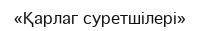
«Қарлаг суретшілері»